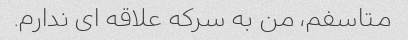
متاسفم، من به سرکه علاقه ای ندارم.